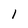
Character: 1